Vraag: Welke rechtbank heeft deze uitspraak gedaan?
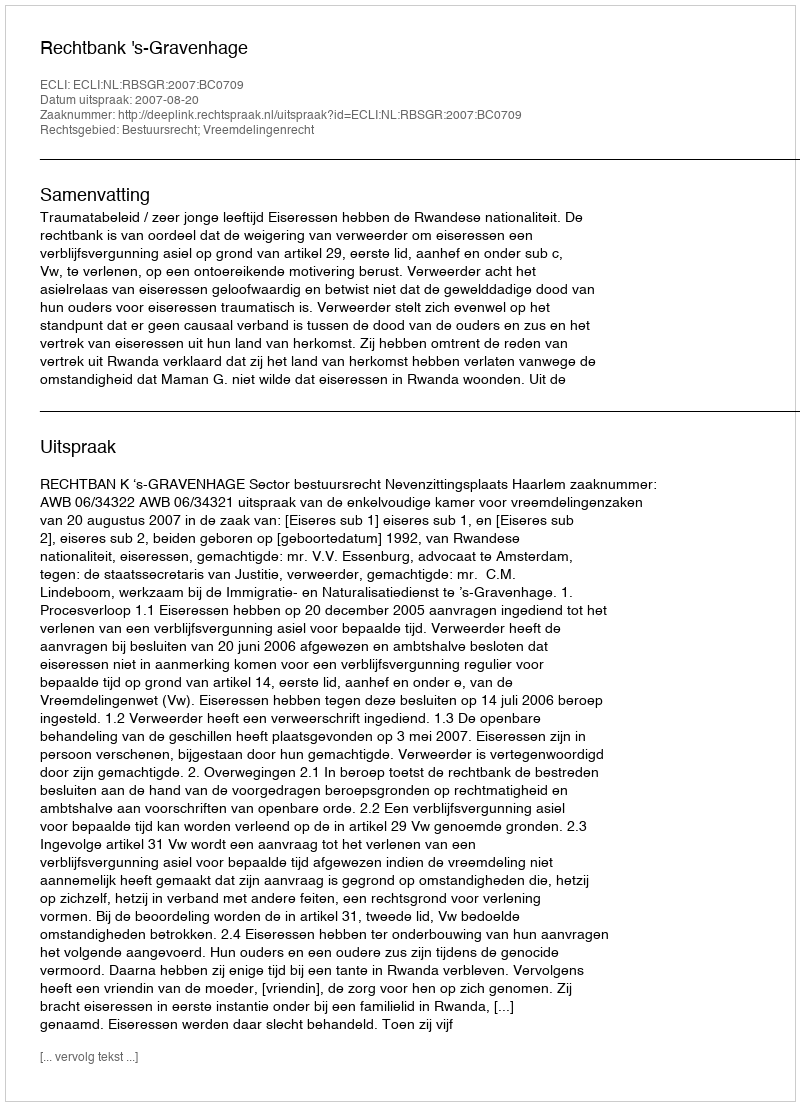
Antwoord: Rechtbank 's-Gravenhage